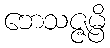
ဘေသဇ္ဇမ္ပိ